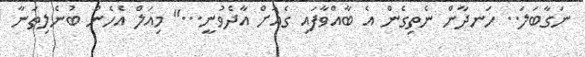
ނަގާބަލަ.. ހަނދާން ނެތިގެން އެ ބާއްވާފައި ގެއަށް އާދެވުނީ..." މިއަލް އެހެން ބުނެލިތަނާ